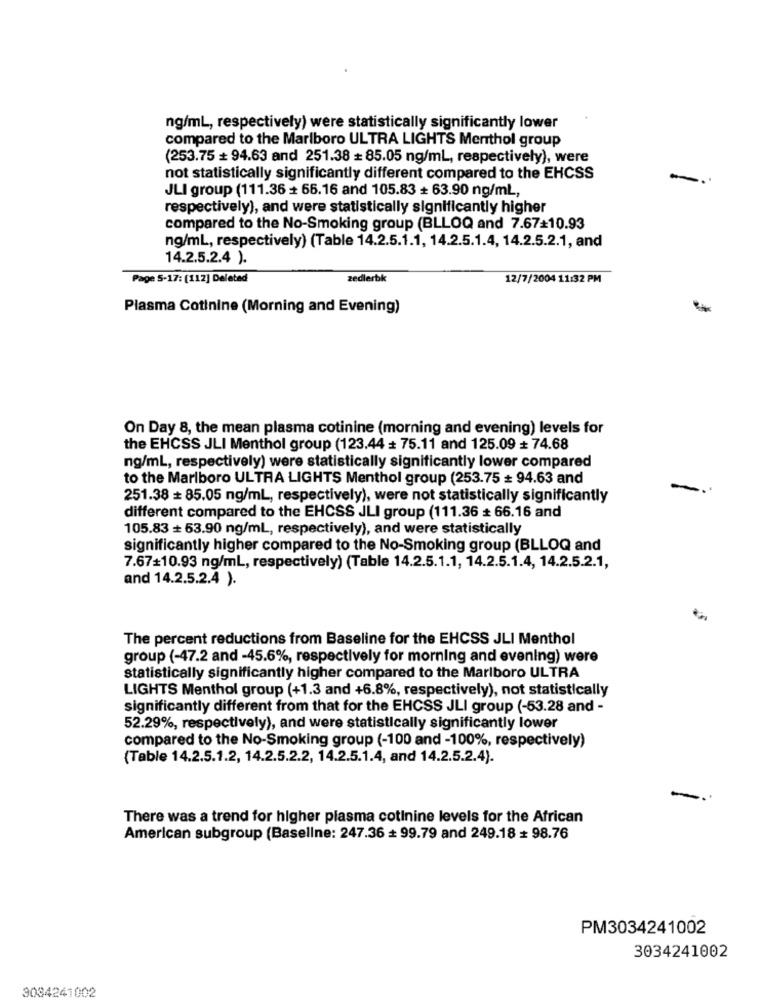
ng/ml, respectively) were statistically significantly lower
compared to the Marlboro ULTRA LIGHTS Menthol group
(253.75 # 94.63 and 251.38 # 85.05 ng/ml, respectively), were
not statistically significantly different compared to the EHCSS
-
JLI group (111.36 + 66.16 and 105.83 + 63.90 ng/ml,
respectively), and were statistically significantly higher
compared to the No-Smoking group (BLLOQ and 7.67+10.93
ng/ml, respectively) (Table 14.2.5.1.1, 14.2.5.1.4, 14.2.5.2.1, and
14.2.5.2.4 ).
Page 5-17: [112] Deleted
zedlerbk
12/7/2004 11:32 PM
Plasma Cotinine (Morning and Evening)
On Day 8, the mean plasma cotinine (morning and evening) levels for
the EHCSS JLI Menthol group (123.44 # 75.11 and 125.09 # 74.68
ng/ml, respectively) were statistically significantly lower compared
to the Marlboro ULTRA LIGHTS Menthol group (253.75 # 94.63 and
251.38 # 85.05 ng/ml, respectively), were not statistically significantly
different compared to the EHCSS JLI group (111.36 # 66.16 and
105.83 + 63.90 ng/ml, respectively), and were statistically
significantly higher compared to the No-Smoking group (BLLOQ and
7.67#10.93 ng/ml, respectively) (Table 14.2.5.1.1, 14.2.5.1.4, 14.2.5.2.1,
and 14.2.5.2.4 ).
The percent reductions from Baseline for the EHCSS JLI Menthol
group (-47.2 and -45.6%, respectively for morning and evening) were
statistically significantly higher compared to the Marlboro ULTRA
LIGHTS Menthol group (+1.3 and +6.8%, respectively), not statistically
significantly different from that for the EHCSS JLI group (-53.28 and -
52.29%, respectively), and were statistically significantly lower
compared to the No-Smoking group (-100 and -100%, respectively)
(Table 14.2.5.1.2, 14.2.5.2.2, 14.2.5.1.4, and 14.2.5.2.4).
There was a trend for higher plasma cotinine levels for the African
American subgroup (Baseline: 247.36 = 99.79 and 249.18 # 98.76
PM3034241002
3034241002
3034241002